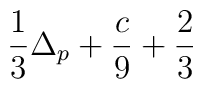
\frac{1}{3}\Delta _{p}+\frac{c}{9}+\frac{2}{3}